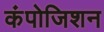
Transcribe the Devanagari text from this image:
कंपोजिशन